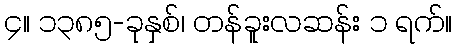
၄။ ၁၃၈၅-ခုနှစ်၊ တန်ခူးလဆန်း ၁ ရက်။